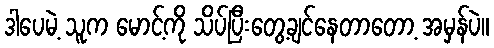
ဒါပေမဲ့ သူက မောင့်ကို သိပ်ပြီးတွေ့ချင်နေတာတော့ အမှန်ပဲ။